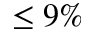
\leq 9 \%